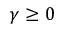
\gamma \ge 0